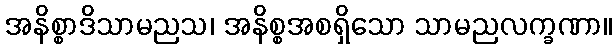
အနိစ္စာဒိသာမညသ၊ အနိစ္စအစရှိသော သာမညလက္ခဏာ။